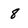
Character: 8